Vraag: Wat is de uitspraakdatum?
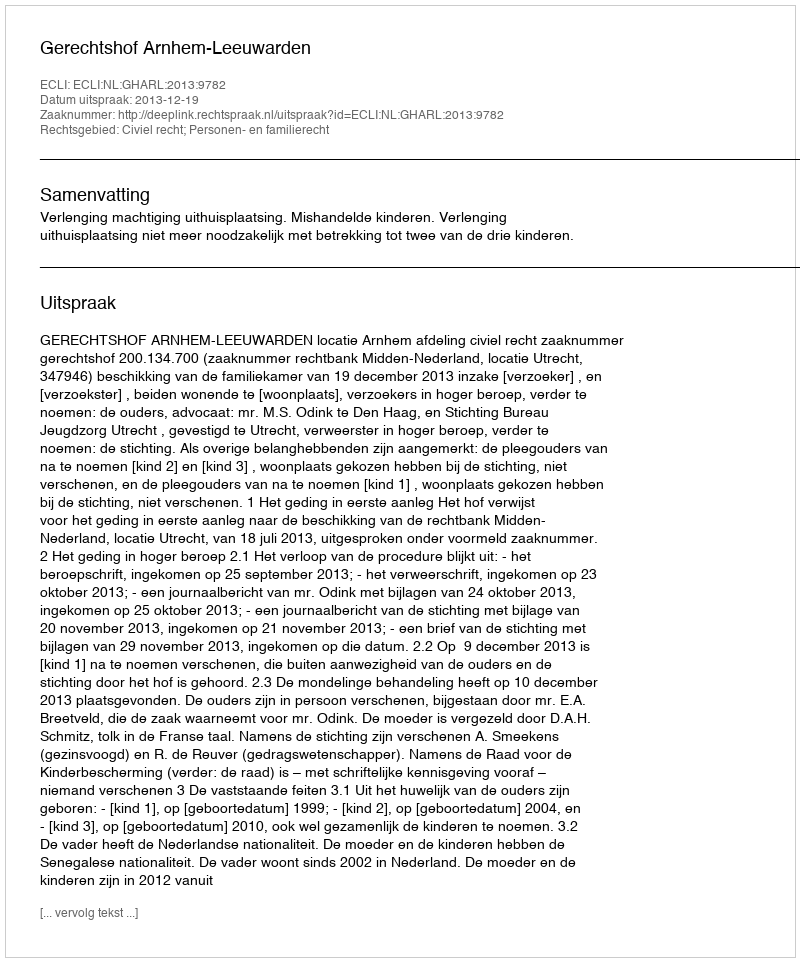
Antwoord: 2013-12-19